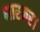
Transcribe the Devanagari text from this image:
भास्कर।